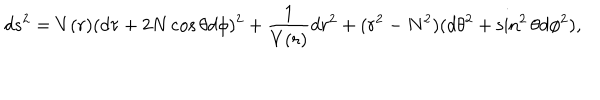
d s ^ { 2 } = V ( r ) ( d \tau + 2 N \cos \theta d \phi ) ^ { 2 } + \frac { 1 } { V ( r ) } d r ^ { 2 } + ( r ^ { 2 } - N ^ { 2 } ) ( d \theta ^ { 2 } + \sin ^ { 2 } \theta d \phi ^ { 2 } ) ,